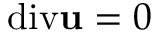
\mathrm { d i v } \mathbf { u } = 0